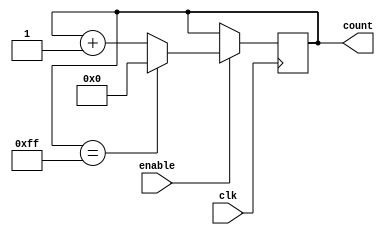
module BinaryUpCounter (
    input wire clk,
    input wire enable,
    output reg [7:0] count
);

always @(posedge clk) begin
    if (enable) begin
        if (count == 8'hFF) begin
            count <= 8'h00;
        end else begin
            count <= count + 1;
        end
    end
end

endmodule